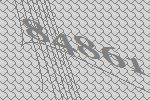
84861